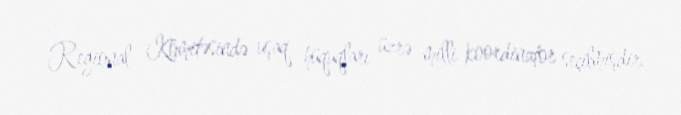
Regional Komitəsində uşaq hüquqları üzrə milli koordinator seçilmişdir.